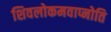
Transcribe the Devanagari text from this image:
शिवलोकमवाप्नोति